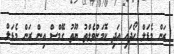
ރަން މެޑަލް ހޯދައި އަދި ކޮމަންވެލްތު ޔޫތު ގޭމްސް އިން ރަން މެޑަލް